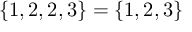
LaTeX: \{ 1 , 2 , 2 , 3 \} = \{ 1 , 2 , 3 \}